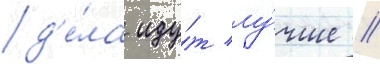
д'е́ла иду́т лу́чше /